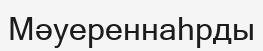
Мәуереннаһрды